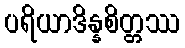
ပရိယာဒိန္နစိတ္တဿ